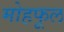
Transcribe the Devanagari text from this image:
मोहफूल